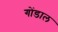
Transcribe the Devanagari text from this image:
गोंडाल